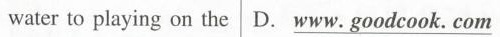
water to playing on the D.\underline{www. goodcook. com}